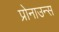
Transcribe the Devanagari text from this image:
प्रोनाउन्स